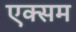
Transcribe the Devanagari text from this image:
एक्सम